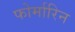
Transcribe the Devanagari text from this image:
फोर्मारिन